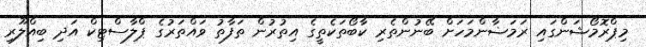
މިޕްރޮމޯޝަންގައި ރަމަޟާންމަހަށް ބޭނުންތެރި ކާބޯތަކެތީގެ އިތުރުން ތަފާތު ވައްތަރުގެ ޕްލާސްޓިކް އަދި ބިއްލޫރި